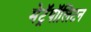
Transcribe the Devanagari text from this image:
मेट्रॅपॉलिटन